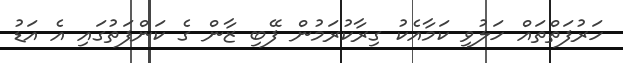
ހަރުފަތްތައް ހަލުވި ކަމާއެކު ގިރާކުރަމުން ފޭބި ޒާން ގެ ކަންފަތުގައި އެ އަޑު